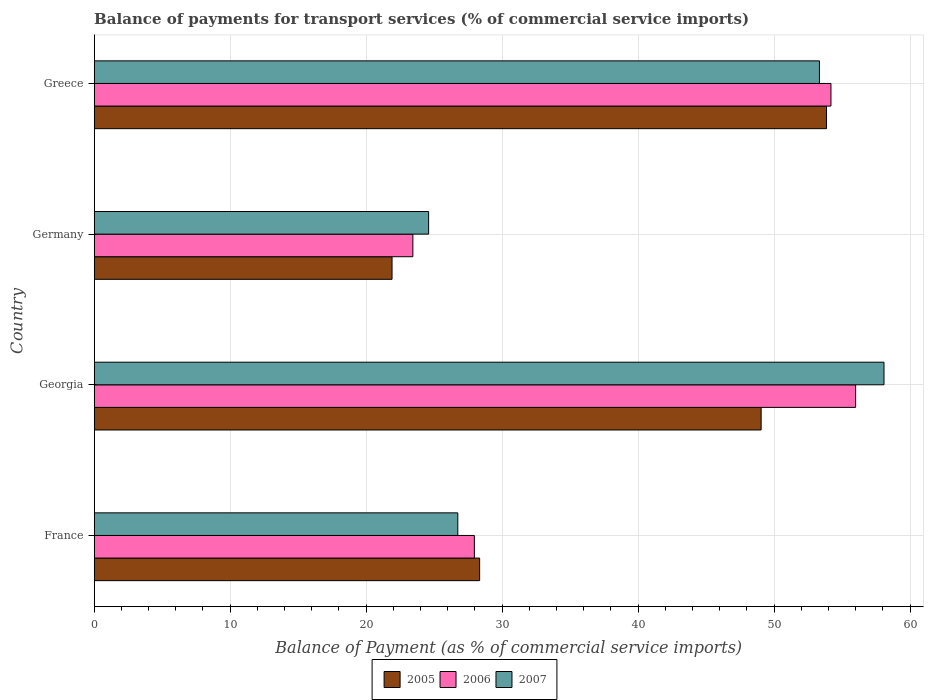
| Country | 2005 | 2006 | 2007 |
 | --- | --- | --- | --- |
 | France | 28.3 | 28 | 26.7 |
 | Georgia | 49.1 | 56 | 58.1 |
 | Germany | 21.9 | 23.4 | 24.6 |
 | Greece | 53.9 | 54.2 | 53.3 |